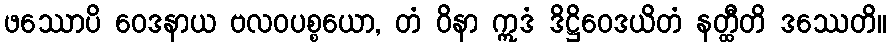
ဖဿောပိ ဝေဒနာယ ဗလဝပစ္စယော, တံ ဝိနာ ဣဒံ ဒိဋ္ဌိဝေဒယိတံ နတ္ထီတိ ဒဿေတိ။